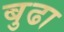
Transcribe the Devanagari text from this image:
बुढा